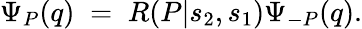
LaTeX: \Psi_{P}(q)\; =\; R(P|s_{2},s_{1})\Psi_{-P}(q).